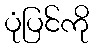
ပုံပြင်ကို